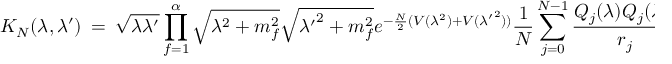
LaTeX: K _ { N } ( \lambda , \lambda ^ { \prime } ) ~ = ~ \sqrt { \lambda \lambda ^ { \prime } } \prod _ { f = 1 } ^ { \alpha } \sqrt { \lambda ^ { 2 } + m _ { f } ^ { 2 } } \sqrt { { \lambda ^ { \prime } } ^ { 2 } + m _ { f } ^ { 2 } } e ^ { - \frac { N } { 2 } ( V ( \lambda ^ { 2 } ) + V ( { \lambda ^ { \prime } } ^ { 2 } ) ) } \frac { 1 } { N } \sum _ { j = 0 } ^ { N - 1 } \frac { Q _ { j } ( \lambda ) Q _ { j } ( \lambda ^ { \prime } ) } { r _ { j } } ~ ,